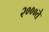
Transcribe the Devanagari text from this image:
२०००ते